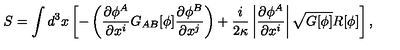
S = \int d ^ { 3 } x \left[ - \left( \frac { \partial \phi ^ { A } } { \partial x ^ { i } } G _ { A B } [ \phi ] \frac { \partial \phi ^ { B } } { \partial x ^ { j } } \right) + \frac { i } { 2 \kappa } \left| \frac { \partial \phi ^ { A } } { \partial x ^ { i } } \right| \sqrt { G [ \phi ] } R [ \phi ] \right] ,